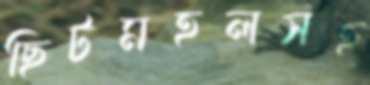
ছিটমহলসহ